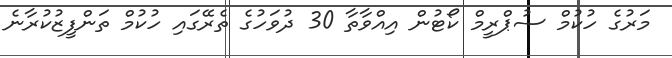
މަރުގެ ހުކުމް ސުޕްރީމް ކޯޓުން އިއްވާތާ 30 ދުވަހުގެ ތެރޭގައި ހުކުމް ތަންފީޒުކުރާނެ